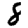
Digit: 8